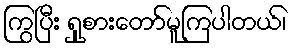
ကြွပြီး ရှုစားတော်မူကြပါတယ်၊